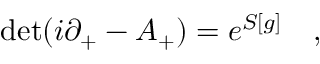
\mathrm { d e t } ( i \partial _ { + } - A _ { + } ) = e ^ { S [ g ] } \quad ,